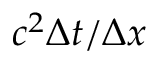
c ^ { 2 } \Delta t / \Delta x